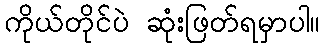
ကိုယ်တိုင်ပဲ ဆုံးဖြတ်ရမှာပါ။